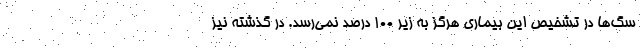
سگ‌ها در تشخیص این بیماری هرگز به زیر ۱۰۰ درصد نمی‌رسد. در گذشته نیز